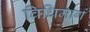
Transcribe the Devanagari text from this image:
विधिमार्ग